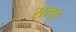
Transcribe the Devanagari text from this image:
सलव